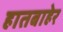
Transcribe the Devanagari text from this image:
हातबाहेर